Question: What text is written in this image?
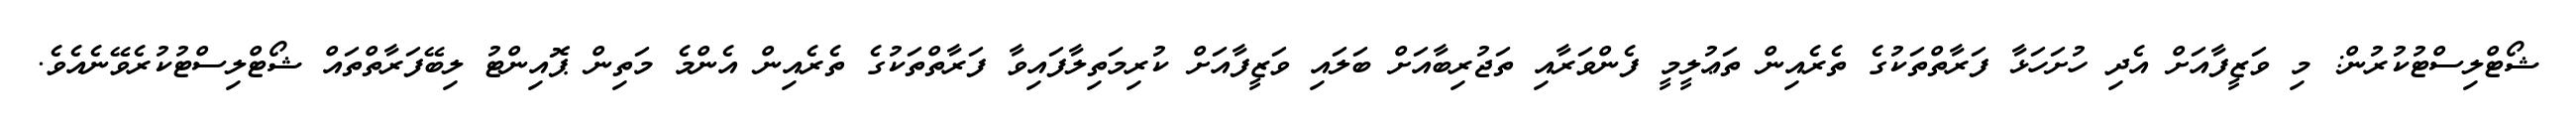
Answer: ޝޯޓްލިސްޓުކުރުން: މި ވަޒީފާއަށް އެދި ހުށަހަޅާ ފަރާތްތަކުގެ ތެރެއިން ތަޢުލީމީ ފެންވަރާއި ތަޖުރިބާއަށް ބަލައި ވަޒީފާއަށް ކުރިމަތިލާފައިވާ ފަރާތްތަކުގެ ތެރެއިން އެންމެ މަތިން ޕޮއިންޓު ލިބޭފަރާތްތައް ޝޯޓްލިސްޓުކުރެވޭނެއެވެ.